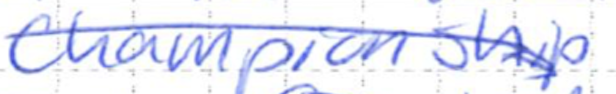
Text: Championship
Cross-out: diagonal
Writing tool: ballpoint